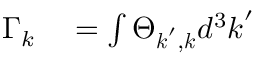
\begin{array} { r l } { \Gamma _ { k } } & { { } = \int \Theta _ { \boldsymbol { k } ^ { \prime } , \boldsymbol { k } } d ^ { 3 } \boldsymbol { k } ^ { \prime } } \end{array}